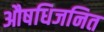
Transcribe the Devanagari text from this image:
औषधिजनित